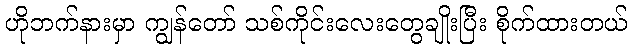
ဟိုဘက်နားမှာ ကျွန်တော် သစ်ကိုင်းလေးတွေချိုးပြီး စိုက်ထားတယ်